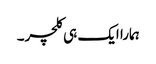
ہمارا ایک ہی کلچر۔